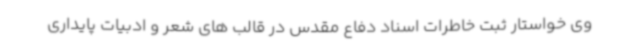
وی خواستار ثبت خاطرات اسناد دفاع مقدس در قالب های شعر و ادبیات پایداری